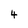
Character: 4